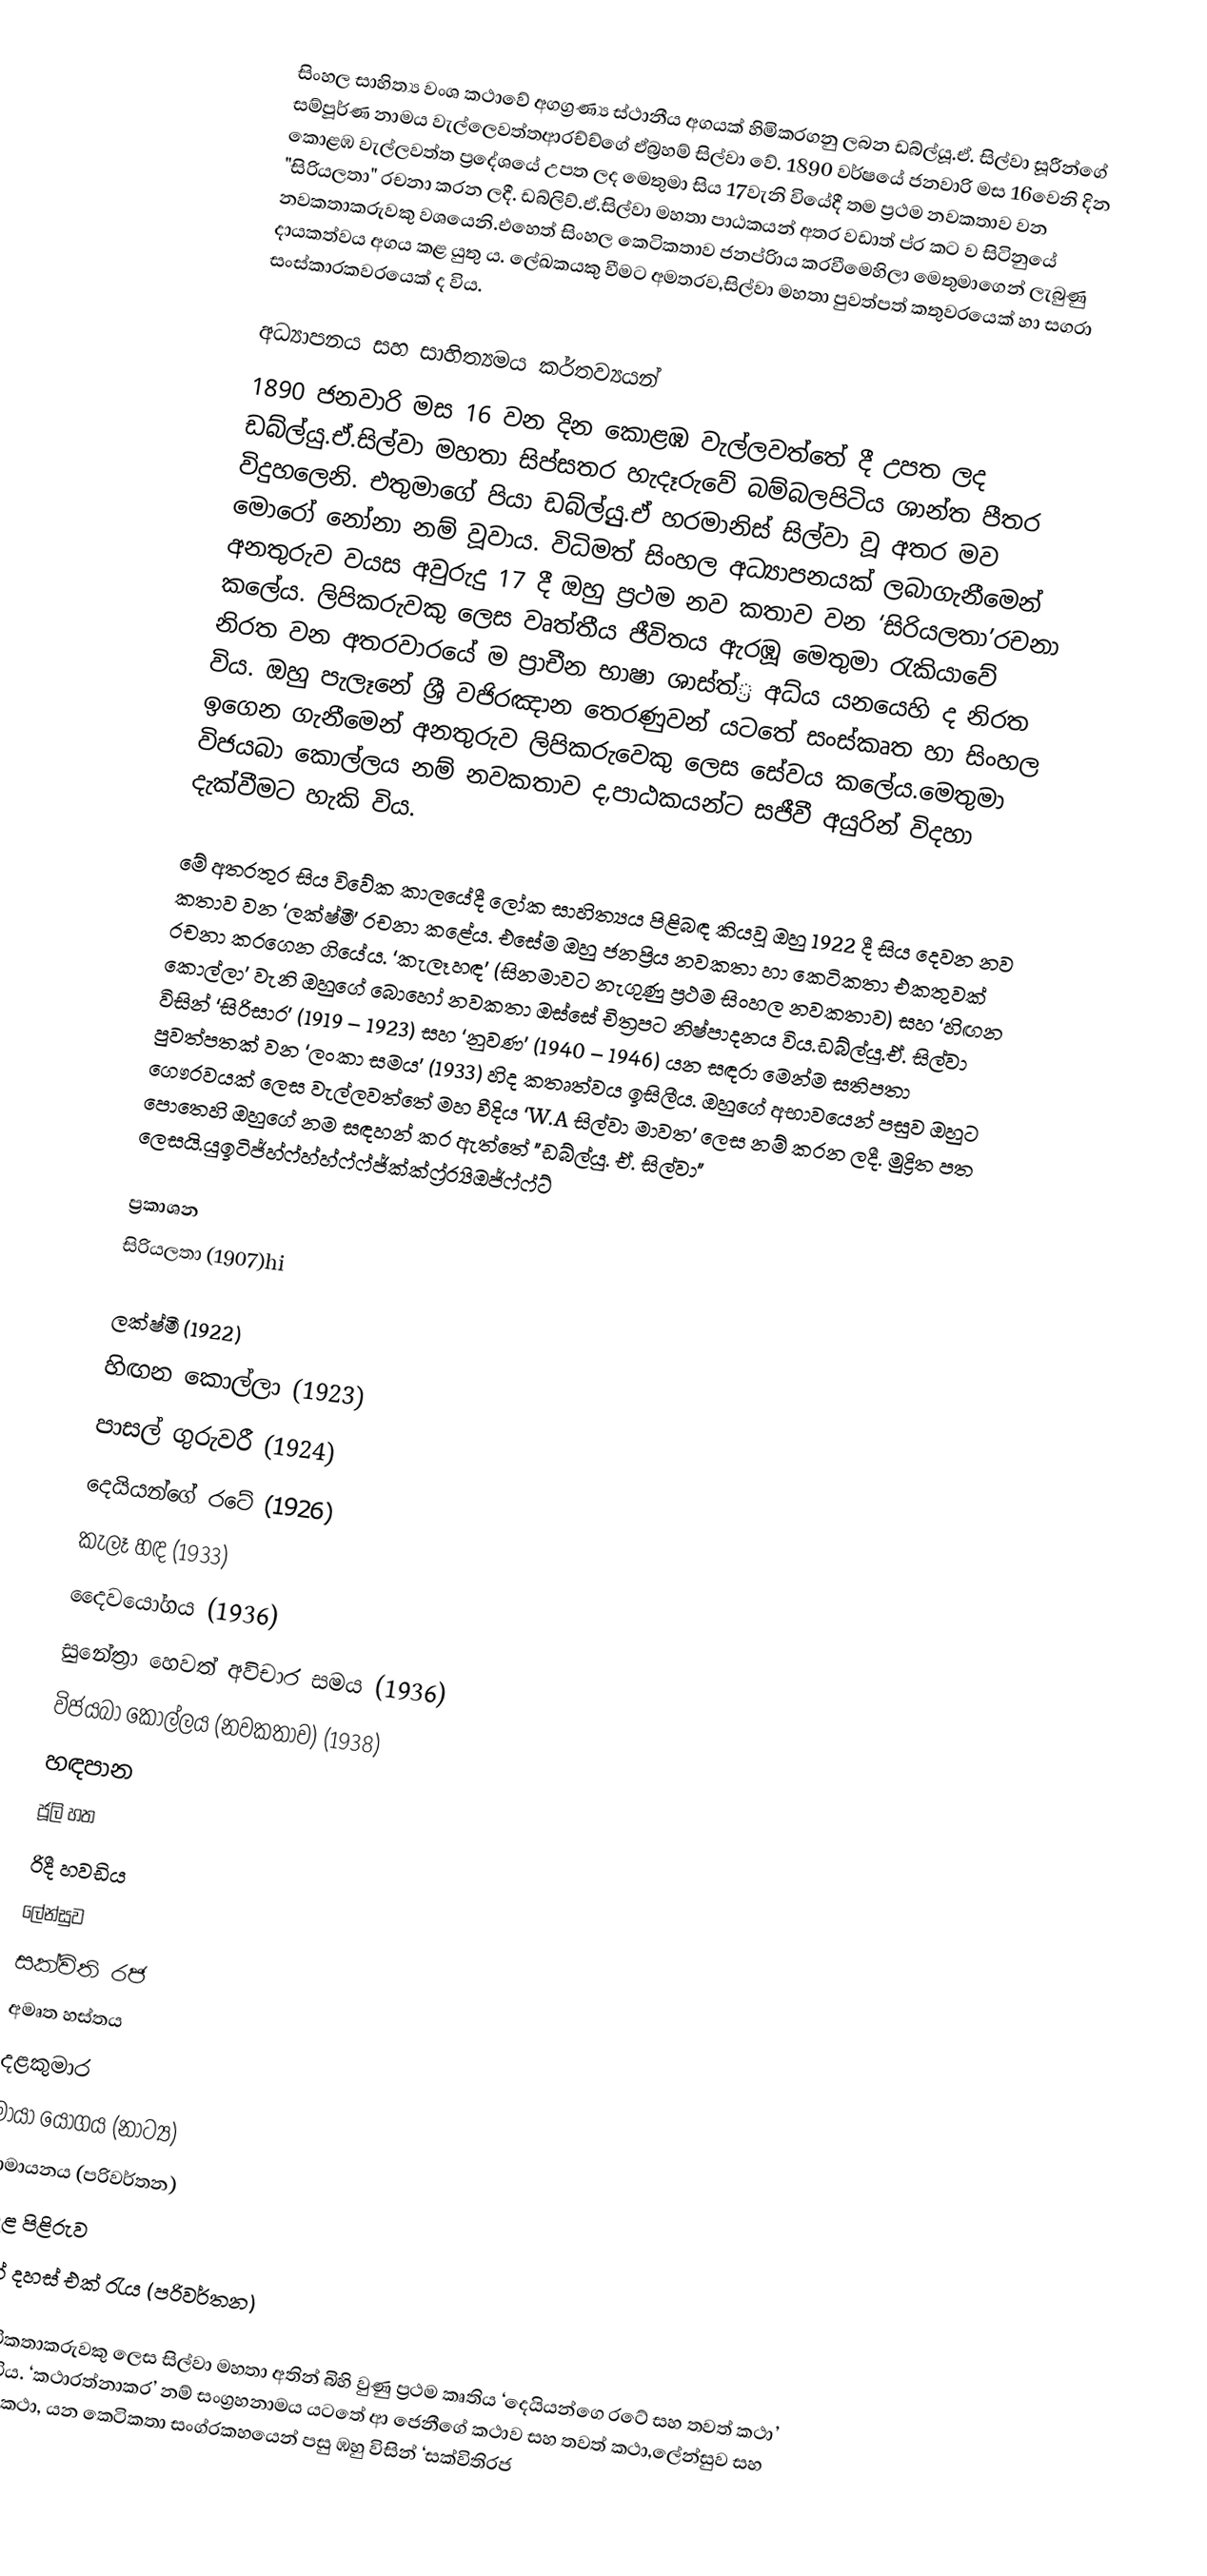
සිංහල සාහිත්‍ය වංශ කථාවේ අගග්‍රණ්‍ය ස්ථානීය අගයක් හිමිකරගනු ලබන ඩබ්ල්යූ.ඒ. සිල්වා සූරීන්ගේ සම්පූර්ණ නාමය වැල්ලෙවත්තආරච්ච්ගේ ඒබ්‍රහම් සිල්වා ‍වේ. 1890 වර්ෂයේ ජනවාරි මස 16වෙනි දින කොළඹ වැල්ලවත්ත ප්‍රදේශයේ උපත ලද මෙතුමා සිය 17වැනි වියේදී තම ප්‍රථම නවකතාව වන "සිරියලතා" රචනා කරන ලදී. ඩබ්ලිව්.ඒ.සිල්වා මහතා පාඨකයන් අතර වඩාත් ප්ර කට ව සිටිනුයේ නවකතාකරුවකු වශයෙනි.එහෙත් සිංහල කෙටිකතාව ජනප්රිාය කර‍වීමෙහිලා මෙතුමාගෙන් ලැබුණු දායකත්වය අගය කළ යුතු ය. ලේඛකයකු වීමට අමතරව,සිල්වා මහතා පුවත්පත් කතුවරයෙක් හා සගරා සංස්කාරකවරයෙක් ද විය.

අධ්‍යාපනය සහ සාහිත්‍යමය කර්තව්‍යයන්
1890 ජනවාරි මස 16 වන දින කොළඹ වැල්ලවත්තේ දී උපත ලද ඩබ්ල්යු.ඒ.සිල්වා මහතා සිප්සතර හැදෑරුවේ බම්බලපිටිය ශාන්ත පීතර විදුහලෙනි. එතුමාගේ පියා ඩබ්ල්යුු.ඒ හරමානිස් සිල්වා වූ අතර මව මොරෝ නෝනා නම් වූවාය. විධිමත් සිංහල  අධ්‍යාපනයක් ලබාගැනීමෙන් අනතුරුව වයස අවුරුදු 17 දී ඔහු ප්‍රථම  නව කතාව වන ‘සිරියලතා’රචනා කලේය. ලිපිකරුවකු ලෙස වෘත්තීය ජීවිතය ඇරඹූ මෙතුමා රැකියාවේ නිරත වන අතරවාරයේ ම ප්‍රාචීන භාෂා ශාස්ත්‍්‍ර  අධ්ය යනයෙහි ද නිරත විය. ඔහු පැලෑනේ ශ්‍රී වජිරඤාන තෙරණුවන් යටතේ සංස්කෘත හා සිංහල ඉගෙන ගැනීමෙන් අනතුරුව ලිපිකරුවෙකු ලෙස සේවය කලේය.මෙතුමා විජයබා කොල්ලය නම් නවකතාව ද,පාඨකයන්ට සජීවී අයුරින් විදහා දැක්වීමට හැකි විය.

මේ  අතරතුර සිය විවේක කාලයේදී ලෝක සාහිත්‍යය පිළිබඳ කියවූ ඔහු 1922 දී සිය දෙවන නව කතාව වන ‘ලක්ෂ්මී’ රචනා කළේය. එසේම ඔහු ජනප්‍රිය නවකතා හා කෙටිකතා එකතුවක් රචනා කරගෙන ගියේය. ‘කැලෑහඳ’ (සිනමාවට නැගුණු ප්‍රථම  සිංහල නවකතාව) සහ ‘හිඟන කොල්ලා’ වැනි ඔහුගේ බොහෝ නවකතා ඔස්සේ චිත්‍රපට  නිෂ්පාදනය විය.ඩබ්ල්යු.ඒ. සිල්වා විසින් ‘සිරිසාර’ (1919 – 1923) සහ ‘නුවණ’ (1940 – 1946) යන සඳරා මෙන්ම සතිපතා පුවත්පතක් වන ‘ලංකා සමය’ (1933) හිද කතෘත්වය ඉසිලීය. ඔහුගේ අභාවයෙන් පසුව ඔහුට ගෞරවයක් ලෙස වැල්ලවත්තේ මහ වීදිය ‘W.A සිල්වා මාවත' ලෙස නම් කරන ලදී. මුද්‍රිත පත පොතෙහි ඔහුගේ නම සඳහන් කර ඇත්තේ "ඩබ්ල්යු. ඒ. සිල්වා" ලෙසයි.යුඉටිජ්හ්ෆ්හ්හ්ෆ්ෆ්ජ්ක්ක්ෆ්‍ර්‍ර්‍යිඔජ්ෆ්ෆ්ට්

ප්‍රකාශන
 සිරියලතා (1907)hi

 ලක්ෂ්මී (1922)
 හිඟන කොල්ලා (1923)
 පාසල් ගුරුවරී (1924)
 දෙයියන්ගේ රටේ (1926)
 කැලෑ හඳ (1933)
 දෛව‍යෝගය (1936)
 සුනේත්‍රා හෙවත් අවිචාර සමය (1936)
විජයබා කොල්ලය (නවකතාව​) (1938)
 හඳපාන
 ජූලි හත
 රිදී හවඩිය
 ලේන්සුව
 සක්විති රජ
 අමෘත හස්තය
 දළකුමාර
 මායා යෝගය (නාට්‍ය)
 රාමායනය (පරිවර්තන)
	රදළ පිළිරුව
 එක් දහස් එක් රැය (පරිවර්තන)

කෙටිකතාකරුවකු ලෙස සිල්වා මහතා අතින් බිහි වුණු ප්‍රථම කෘතිය  ‘දෙයියන්ගෙ රටේ සහ තවත් කථා’ නම් විය. ‘කථාරත්නාකර’ නම් සංග්‍රහනාමය  යටතේ ආ ජෙනීගේ කථාව සහ තවත් කථා,ලේන්සුව සහ තවත් කථා, යන කෙටිකතා සංග්රකහයෙන් පසු ඹහු විසින් ‘සක්විතිරජ